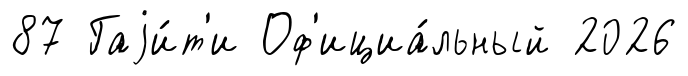
87 Гаjи́т'и Оф'ициа́льный 2026